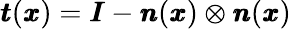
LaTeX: {\pmb t}({\pmb x})={\pmb I}-{\pmb n}({\pmb x})\otimes{\pmb n}({\pmb x})